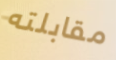
مقابلته